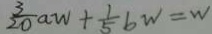
\frac { 3 } { 2 0 } a w + \frac { 1 } { 5 } b w = w